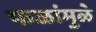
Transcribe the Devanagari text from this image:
फळांमुळे